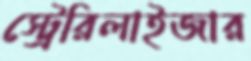
স্ট্রেরিলাইজার